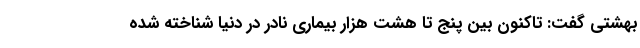
بهشتی گفت: تاکنون بین پنج تا هشت هزار بیماری نادر در دنیا شناخته شده